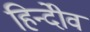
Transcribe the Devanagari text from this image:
हिन्दीेवं